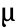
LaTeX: \upmu